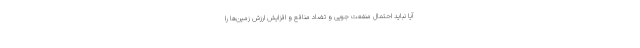
آیا نباید احتمال منفعت جویی و تضاد منافع و افزایش ارزش زمین‌ها را